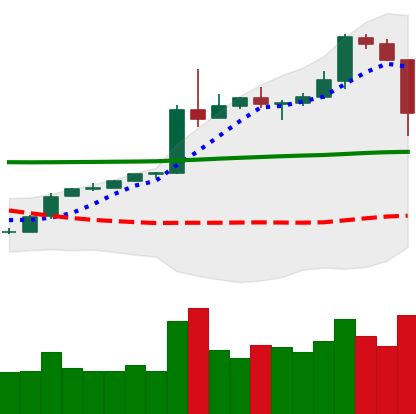
Ticker: BTC-USD
Chart end date: 2020-05-10
Forward return: 6.53%
Label: up_5_7